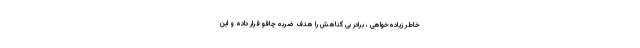
خاطر زیاده‌خواهی ، برادر بی گناهش را هدف ضربه چاقو قرار داده و این